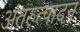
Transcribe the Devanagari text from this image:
अंतरुत्पादन